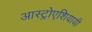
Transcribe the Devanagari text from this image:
आस्ट्रोएशियायी